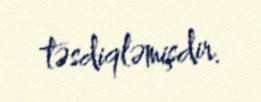
təsdiqləmişdir.